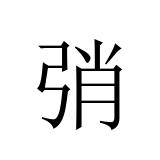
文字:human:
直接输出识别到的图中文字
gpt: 弰